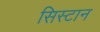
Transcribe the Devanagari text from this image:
सिस्टान